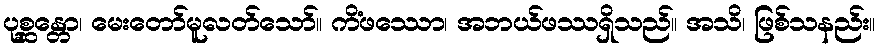
ပုစ္ဆန္တော၊ မေးတော်မူလတ်သော်။ ကိံဖဿော၊ အဘယ်ဖဿရှိသည်။ အသိ၊ ဖြစ်သနည်း။